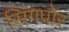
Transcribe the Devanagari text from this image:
सिंगपोर